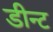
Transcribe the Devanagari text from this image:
डीन्ट